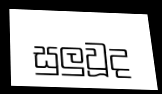
සුලුවූද